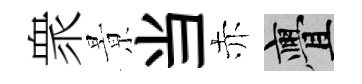
衆㬌当赤亹